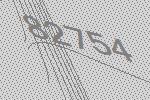
82754